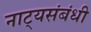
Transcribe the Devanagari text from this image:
नाट्यसंबंधी